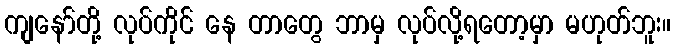
ကျနော်တို့ လုပ်ကိုင် နေ တာတွေ ဘာမှ လုပ်လို့ရတော့မှာ မဟုတ်ဘူး။